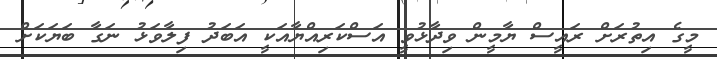
މީގެ އިތުރަށް ރައީސް ޔާމީން ވިދާޅުވީ އަސްކަރިއްޔާއަކީ އަބަދު ފިލާވަޅު ނަގާ ބަޔަކަށް